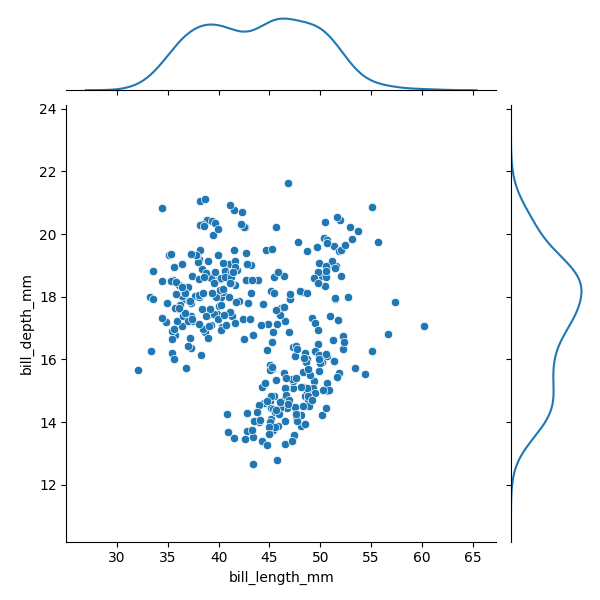
python, seaborn, JointGrid, scatterplot, kdeplot